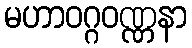
မဟာဝဂ္ဂဝဏ္ဏနာ